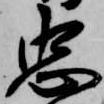
忠